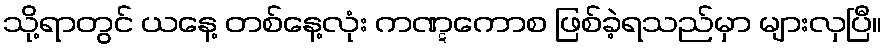
သို့ရာတွင် ယနေ့ တစ်နေ့လုံး ကဏ္ဋကောစ ဖြစ်ခဲ့ရသည်မှာ များလှပြီ။